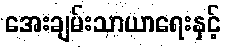
အေးချမ်းသာယာရေးနှင့်